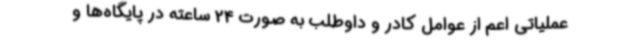
عملیاتی اعم از عوامل کادر و داوطلب به صورت 24 ساعته در پایگاه‌ها و